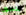
يتجول